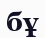
бұ